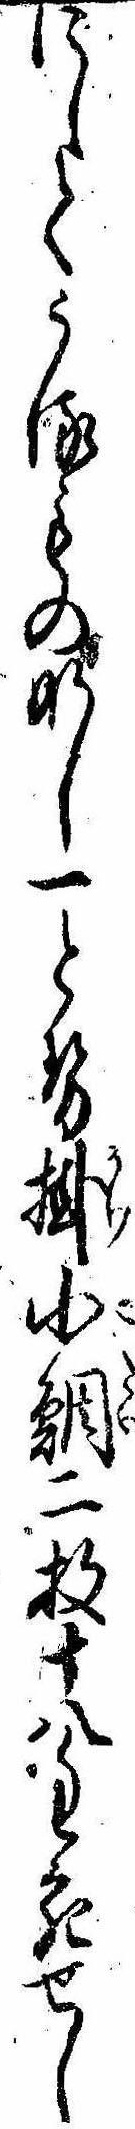
にしてうるものなし一とせ掛小鯛二枚十八匁宛せし